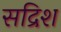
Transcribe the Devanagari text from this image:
सद्रिश